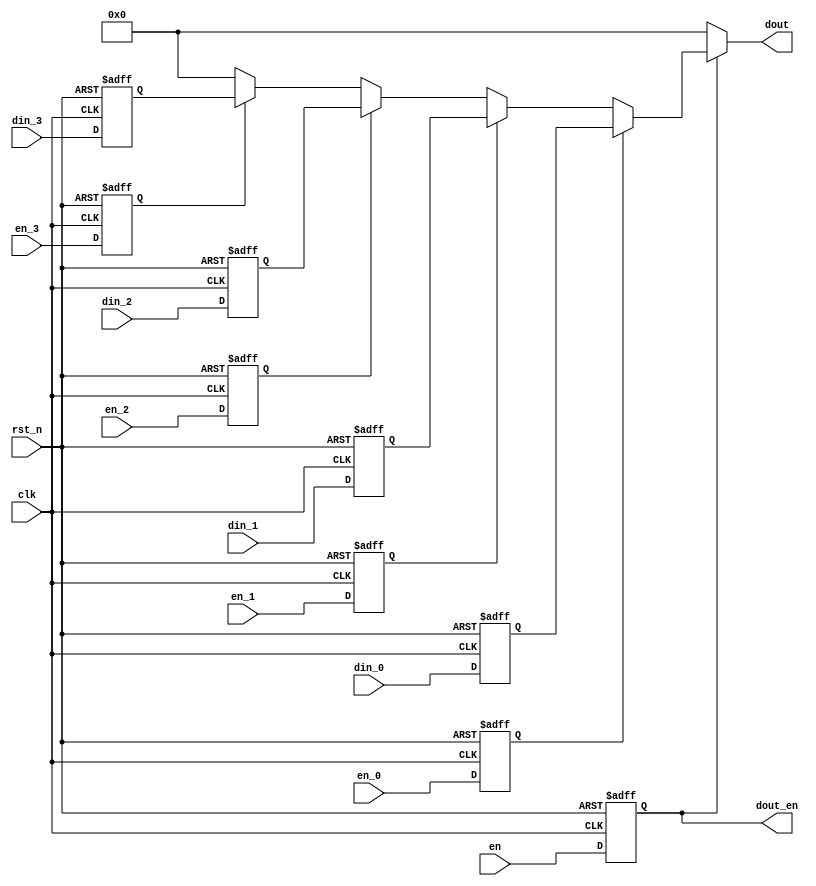
//
// Copyright (c) 2017 Yuta Tokusashi
// All rights reserved.
//
//
//  File:
//        prio_enc.v
//
//  Module:
//        prio_enc1
//        prio_enc2
//
//  Description:
//        This file is priority encoders for large cam.
//
// This software was developed by
// Stanford University and the University of Cambridge Computer Laboratory
// under National Science Foundation under Grant No. CNS-0855268,
// the University of Cambridge Computer Laboratory under EPSRC INTERNET Project EP/H040536/1 and
// by the University of Cambridge Computer Laboratory under DARPA/AFRL contract FA8750-11-C-0249 ("MRC2"), 
// as part of the DARPA MRC research programme.
//
// @NETFPGA_LICENSE_HEADER_START@
//
// Licensed to NetFPGA C.I.C. (NetFPGA) under one or more contributor
// license agreements.  See the NOTICE file distributed with this work for
// additional information regarding copyright ownership.  NetFPGA licenses this
// file to you under the NetFPGA Hardware-Software License, Version 1.0 (the
// "License"); you may not use this file except in compliance with the
// License.  You may obtain a copy of the License at:
//
//   http://www.netfpga-cic.org
//
// Unless required by applicable law or agreed to in writing, Work distributed
// under the License is distributed on an "AS IS" BASIS, WITHOUT WARRANTIES OR
// CONDITIONS OF ANY KIND, either express or implied.  See the License for the
// specific language governing permissions and limitations under the License.
//
// @NETFPGA_LICENSE_HEADER_END@
//
module prio_enc1 #(
	parameter DATA_WIDTH = 48
)(
	input wire clk,
	input wire rst_n,
	input wire en,

	input wire en_0,
	input wire [DATA_WIDTH-1:0] din_0,

	input wire en_1,
	input wire [DATA_WIDTH-1:0] din_1,

	input wire en_2,
	input wire [DATA_WIDTH-1:0] din_2,

	input wire en_3,
	input wire [DATA_WIDTH-1:0] din_3,


	output wire                  dout_en,
	output wire [DATA_WIDTH-1:0] dout
);


 reg [DATA_WIDTH-1:0] reg_din_0;
 reg                  reg_en_0;
 
 always @ (posedge clk or negedge rst_n)
	if (!rst_n) begin
		reg_din_0 <= 0;
		reg_en_0 <= 0;
	end else begin
		reg_din_0 <= din_0;
		reg_en_0 <= en_0;
	end

 reg [DATA_WIDTH-1:0] reg_din_1;
 reg                  reg_en_1;
 
 always @ (posedge clk or negedge rst_n)
	if (!rst_n) begin
		reg_din_1 <= 0;
		reg_en_1 <= 0;
	end else begin
		reg_din_1 <= din_1;
		reg_en_1 <= en_1;
	end

 reg [DATA_WIDTH-1:0] reg_din_2;
 reg                  reg_en_2;
 
 always @ (posedge clk or negedge rst_n)
	if (!rst_n) begin
		reg_din_2 <= 0;
		reg_en_2 <= 0;
	end else begin
		reg_din_2 <= din_2;
		reg_en_2 <= en_2;
	end

 reg [DATA_WIDTH-1:0] reg_din_3;
 reg                  reg_en_3;
 
 always @ (posedge clk or negedge rst_n)
	if (!rst_n) begin
		reg_din_3 <= 0;
		reg_en_3 <= 0;
	end else begin
		reg_din_3 <= din_3;
		reg_en_3 <= en_3;
	end
 
 reg reg_en;

 always @ (posedge clk or negedge rst_n)
	if (!rst_n) reg_en <= 0;
	else        reg_en <= en;

 assign dout = 	(!reg_en ) ? 0  : (
				(reg_en_0) ? reg_din_0 :
				(reg_en_1) ? reg_din_1 :
				(reg_en_2) ? reg_din_2 :
				(reg_en_3) ? reg_din_3 :
 				0);
 assign dout_en = reg_en;


endmodule

 // This file is generated by ./gen.sh
module prio_enc2 #(
	parameter DATA_WIDTH = 48
)(
	input wire clk,
	input wire rst_n,
	input wire en,

	input wire en_0,
	input wire [DATA_WIDTH-1:0] din_0,

	input wire en_1,
	input wire [DATA_WIDTH-1:0] din_1,

	input wire en_2,
	input wire [DATA_WIDTH-1:0] din_2,

	input wire en_3,
	input wire [DATA_WIDTH-1:0] din_3,

	input wire en_4,
	input wire [DATA_WIDTH-1:0] din_4,

	input wire en_5,
	input wire [DATA_WIDTH-1:0] din_5,

	input wire en_6,
	input wire [DATA_WIDTH-1:0] din_6,

	input wire en_7,
	input wire [DATA_WIDTH-1:0] din_7,


	output wire                  dout_en,
	output wire [DATA_WIDTH-1:0] dout
);


 reg [DATA_WIDTH-1:0] reg_din_0;
 reg                  reg_en_0;
 
 always @ (posedge clk or negedge rst_n)
	if (!rst_n) begin
		reg_din_0 <= 0;
		reg_en_0 <= 0;
	end else begin
		reg_din_0 <= din_0;
		reg_en_0 <= en_0;
	end

 reg [DATA_WIDTH-1:0] reg_din_1;
 reg                  reg_en_1;
 
 always @ (posedge clk or negedge rst_n)
	if (!rst_n) begin
		reg_din_1 <= 0;
		reg_en_1 <= 0;
	end else begin
		reg_din_1 <= din_1;
		reg_en_1 <= en_1;
	end

 reg [DATA_WIDTH-1:0] reg_din_2;
 reg                  reg_en_2;
 
 always @ (posedge clk or negedge rst_n)
	if (!rst_n) begin
		reg_din_2 <= 0;
		reg_en_2 <= 0;
	end else begin
		reg_din_2 <= din_2;
		reg_en_2 <= en_2;
	end

 reg [DATA_WIDTH-1:0] reg_din_3;
 reg                  reg_en_3;
 
 always @ (posedge clk or negedge rst_n)
	if (!rst_n) begin
		reg_din_3 <= 0;
		reg_en_3 <= 0;
	end else begin
		reg_din_3 <= din_3;
		reg_en_3 <= en_3;
	end

 reg [DATA_WIDTH-1:0] reg_din_4;
 reg                  reg_en_4;
 
 always @ (posedge clk or negedge rst_n)
	if (!rst_n) begin
		reg_din_4 <= 0;
		reg_en_4 <= 0;
	end else begin
		reg_din_4 <= din_4;
		reg_en_4 <= en_4;
	end

 reg [DATA_WIDTH-1:0] reg_din_5;
 reg                  reg_en_5;
 
 always @ (posedge clk or negedge rst_n)
	if (!rst_n) begin
		reg_din_5 <= 0;
		reg_en_5 <= 0;
	end else begin
		reg_din_5 <= din_5;
		reg_en_5 <= en_5;
	end

 reg [DATA_WIDTH-1:0] reg_din_6;
 reg                  reg_en_6;
 
 always @ (posedge clk or negedge rst_n)
	if (!rst_n) begin
		reg_din_6 <= 0;
		reg_en_6 <= 0;
	end else begin
		reg_din_6 <= din_6;
		reg_en_6 <= en_6;
	end

 reg [DATA_WIDTH-1:0] reg_din_7;
 reg                  reg_en_7;
 
 always @ (posedge clk or negedge rst_n)
	if (!rst_n) begin
		reg_din_7 <= 0;
		reg_en_7 <= 0;
	end else begin
		reg_din_7 <= din_7;
		reg_en_7 <= en_7;
	end
 
 reg reg_en;

 always @ (posedge clk or negedge rst_n)
	if (!rst_n) reg_en <= 0;
	else        reg_en <= en;

 assign dout = 	(!reg_en ) ? 0  : (
				(reg_en_0) ? reg_din_0 :
				(reg_en_1) ? reg_din_1 :
				(reg_en_2) ? reg_din_2 :
				(reg_en_3) ? reg_din_3 :
				(reg_en_4) ? reg_din_4 :
				(reg_en_5) ? reg_din_5 :
				(reg_en_6) ? reg_din_6 :
				(reg_en_7) ? reg_din_7 :
 				0);
 assign dout_en = reg_en;


endmodule